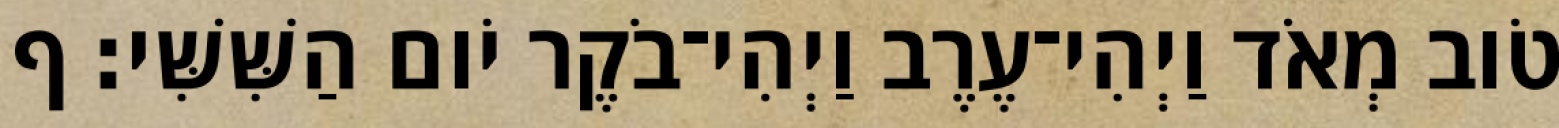
טֹוב מְאֹד וַיְהִי־עֶרֶב וַיְהִי־בֹקֶר יֹום הַשִּׁשִּׁי׃ ף